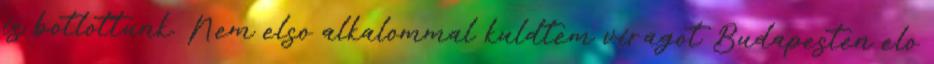
is botlottunk. Nem elso alkalommal kuldtem viragot Budapesten elo